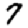
Digit: 7